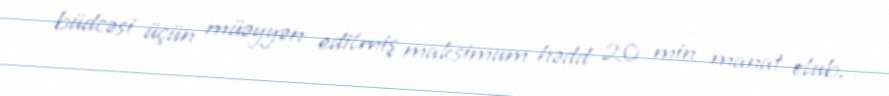
büdcəsi üçün müəyyən edilmiş maksimum hədd 20 min manat olub.